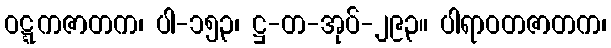
ဝဋ္ဋကဇာတက၊ ပါ-၁၅၃၊ ဋ္ဌ-တ-အုပ်-၂၉၃။ ပါရာဝတဇာတက၊